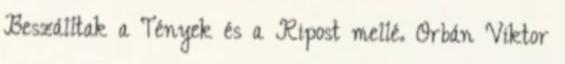
Beszálltak a Tények és a Ripost mellé. Orbán Viktor